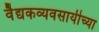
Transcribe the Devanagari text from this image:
वैद्यकव्यवसायीच्या